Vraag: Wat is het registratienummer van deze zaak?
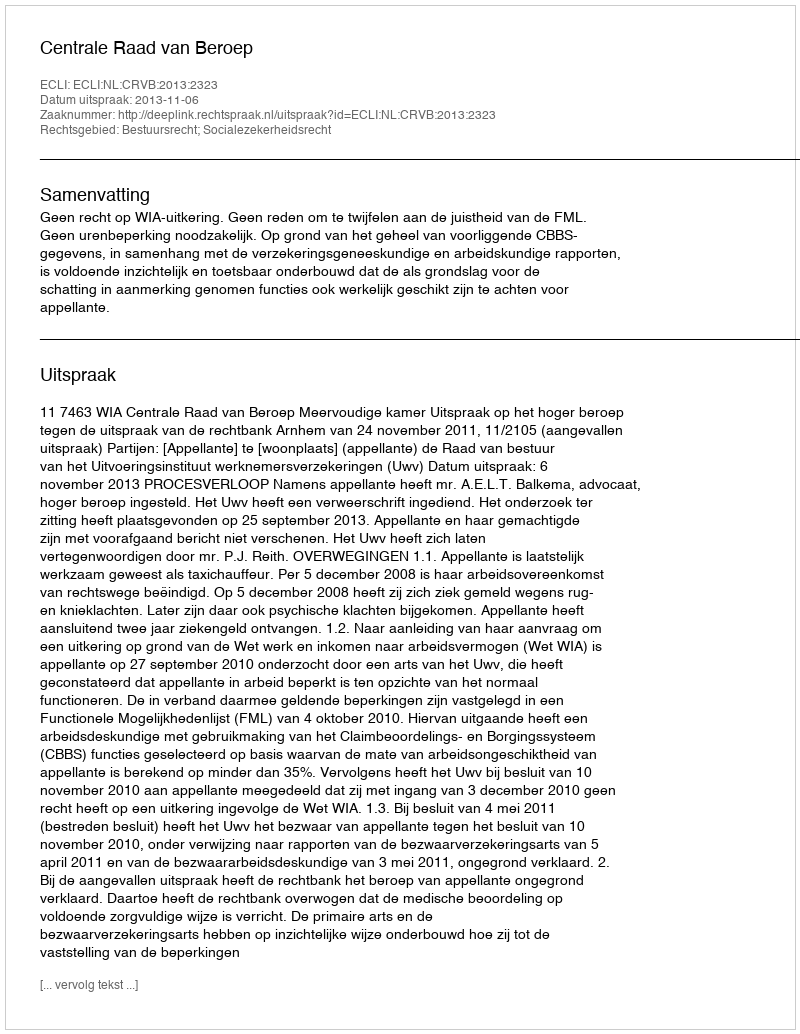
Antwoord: http://deeplink.rechtspraak.nl/uitspraak?id=ECLI:NL:CRVB:2013:2323